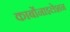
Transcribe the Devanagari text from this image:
कार्बोनाइलेशन